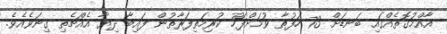
އާއްމުގޮތެއްގައި ބަނޑަށް 73 ހަފުތާ ވުމަށްފަހު ކުރިމަތިފަރާތުން ފައިބާ ދިޔާ އެއްޗެތި ގިނަވެއެވެ.